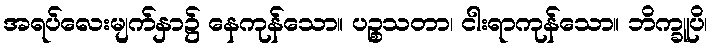
အရပ်လေးမျက်နှာ၌ နေကုန်သော။ ပဉ္စသတာ၊ ငါးရာကုန်သော။ ဘိက္ခူပိ၊